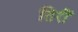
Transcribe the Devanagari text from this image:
तिरीं